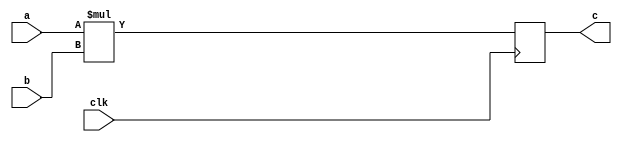
`timescale 1ns / 1ps
//////////////////////////////////////////////////////////////////////////////////
// Company: 
// Engineer: 
// 
// Design Name: 
// Module Name: multiplier
// Project Name: 
// Target Devices: 
// Tool Versions: 
// Description: 
// 
// Dependencies: 
// 
// Revision:
// Revision 0.01 - File Created
// Additional Comments:
// 
//////////////////////////////////////////////////////////////////////////////////


module multiplier #(parameter length = 16)(
    input   wire    clk,
    input   wire    [length-1:0]a,
    input   wire    [length-1:0]b,
    output  reg     [length-1:0]c
    );
    
    always@(posedge clk)begin
        c <= a * b;
    end
    
endmodule